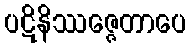
ပဋိနိဿဇ္ဇေတာပေ